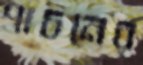
পাচনের